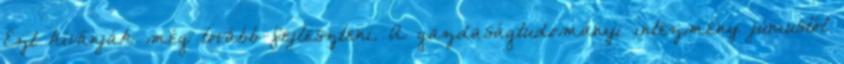
Ezt kívánják még tovább fejleszteni. A gazdaságtudományi intézmény júniustól